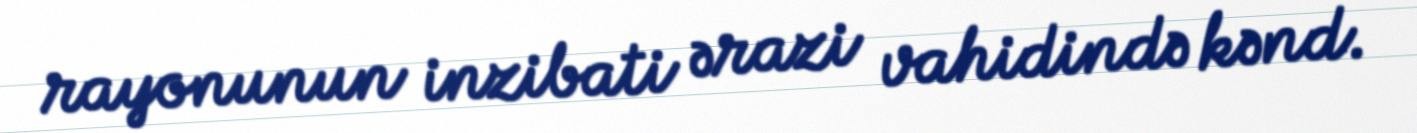
rayonunun inzibati ərazi vahidində kənd.